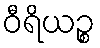
ဝီရိယဉ္စ